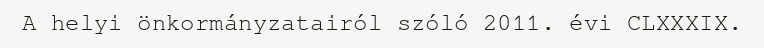
A helyi önkormányzatairól szóló 2011. évi CLXXXIX.